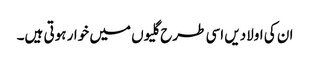
ان کی اولادیں اسی طرح گلیوں میں خوار ہوتی ہیں۔